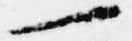
一